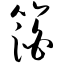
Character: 箔